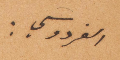
الفردوسي: